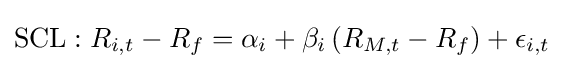
\mathrm {SCL} :R_{i,t}-R_{f}=\alpha _{i}+\beta _{i}\,(R_{M,t}-R_{f})+\epsilon _{i,t}